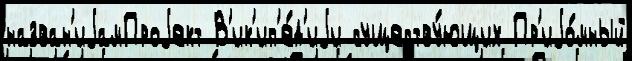
назван'иjамПроjект В'ик'ип'е́д'иjи существу́ющих Пр'иjо́мный